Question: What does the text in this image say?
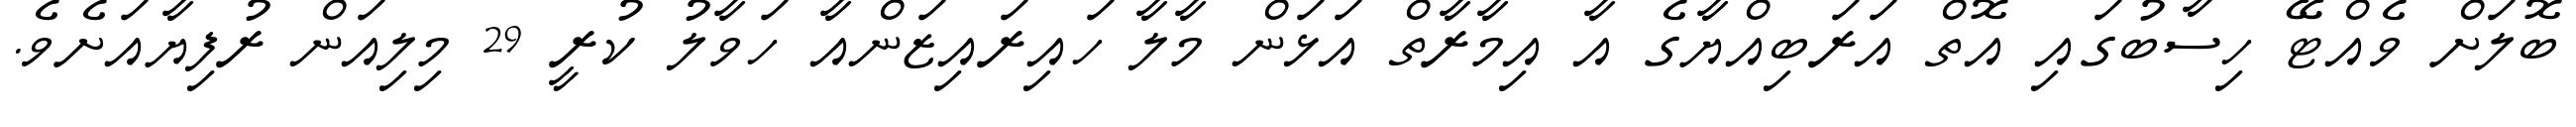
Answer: ބޮލަށް ވެއްޓޭ ހިސާބުގައި އޮތް އަރަބިއްޔާގެ އާ އިމާރާތް އަޅަން މާލާ ހައިރައިޒަންއާ ހަވާލު ކުރީ 29 މިލިއަން ރުފިޔާއަށެވެ.